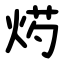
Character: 烵